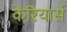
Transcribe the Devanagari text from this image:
केरियार्स